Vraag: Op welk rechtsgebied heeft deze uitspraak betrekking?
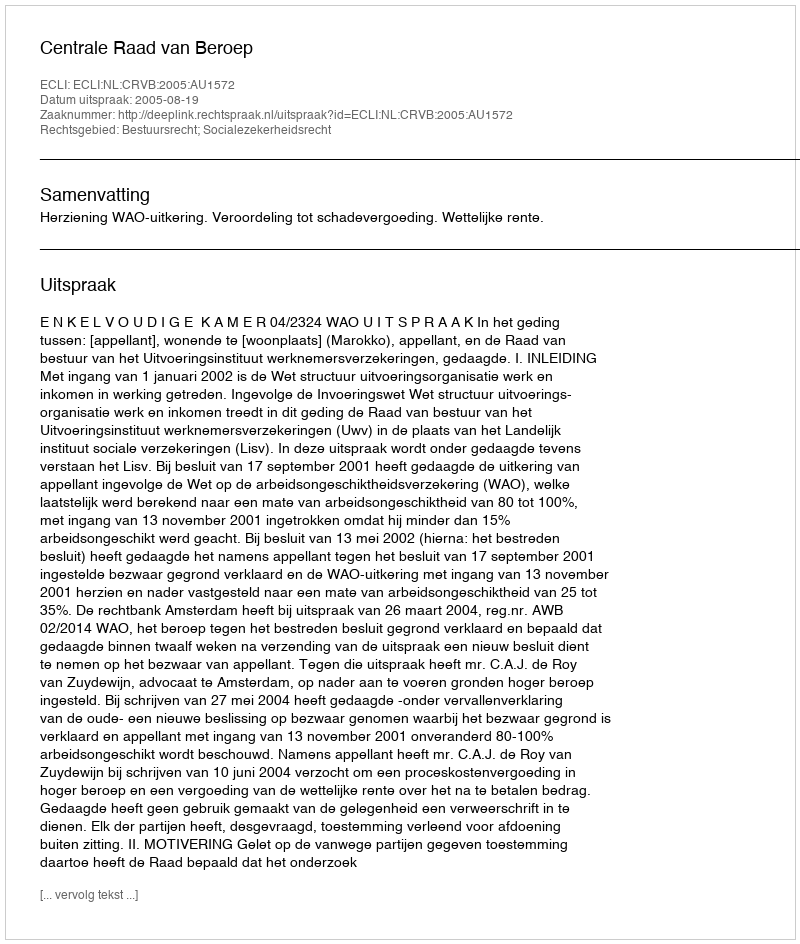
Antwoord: Bestuursrecht; Socialezekerheidsrecht